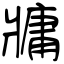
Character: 牅